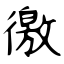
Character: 徼